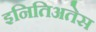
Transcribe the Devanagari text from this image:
इनितिअतेस